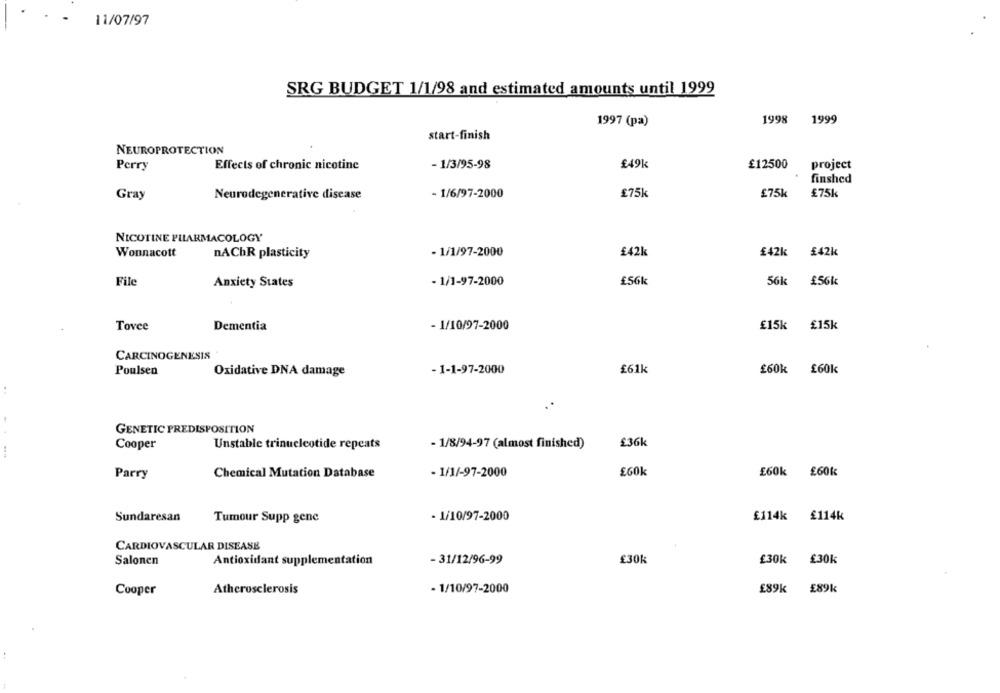
11/07/97
SRG BUDGET 1/1/98 and estimated amounts until 1999
1997 (pa)
1998 1999
start-finish
NEUROPROTECTION
Perry
Effects of chronic nicotine
- 1/3/95-98
£49k
£12500
project
finshed
£75k
£75k
£75k
Gray
Neurodegenerative disease
- 1/6/97-2000
NICOTINE PHARMACOLOGY
Wonnacott
nAChR plasticity
- 1/1/97-2000
£42k
£42k
£42k
File
Anxiety States
- 1/1-97-2000
£56k
56k
£56k
Dementia
- 1/10/97-2000
£15k
£15k
Tovee
CARCINOGENESIS
Poulsen
Oxidative DNA damage
- 1-1-97-2000
£61k
£60k
£60k
GENETIC PREDISPOSITION
Unstable trinucleotide repeats
£36k
Cooper
- 1/8/94-97 (almost finished)
Parry
Chemical Mutation Database
- 1/1/-97-2000
£60k
£60k £60k
Sundaresan
Tumour Supp gene
- 1/10/97-2000
£114k £114k
CARDIOVASCULAR DISEASE
Salonen
Antioxidant supplementation
- 31/12/96-99
£30k
£30k
£30k
Atherosclerosis
- 1/10/97-2000
£89k
£89k
Cooper